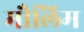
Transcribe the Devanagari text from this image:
मौलिम